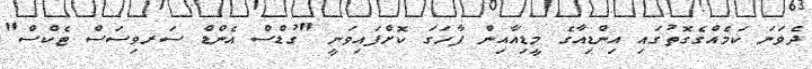
ދެވަނަ ކަމެއްގެގޮތުގައި އިންޑިއާގެ މީޑިއާއިން ފާހަގަ ކޮށްފައިވަނީ "ގުޑްސް އެންޑް ސަރވިސަސް ޓެކްސް"